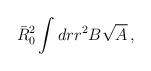
LaTeX: \begin{align*}\bar{R}_0^2 \int dr r^2B\sqrt{A}\, ,\end{align*}